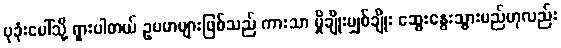
ပုခုံးပေါ်သို့ ရှားပါတယ် ဥပမာများဖြစ်သည် ကားသာ မှိုချိုးမျှစ်ချိုး ဆွေးနွေးသွားမည်ဟုလည်း